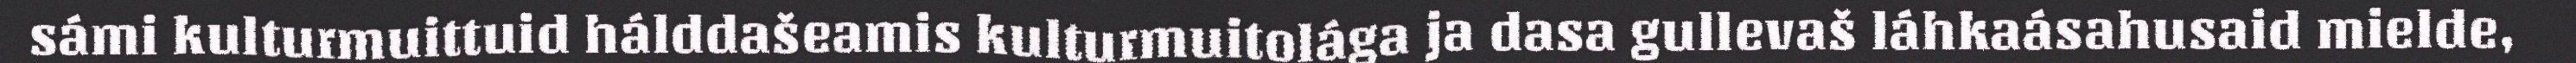
sámi kulturmuittuid hálddašeamis kulturmuitolága ja dasa gullevaš láhkaásahusaid mielde,